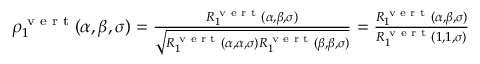
\begin{array} { r } { \rho _ { 1 } ^ { \textnormal { v e r t } } ( \alpha , \beta , \sigma ) = \frac { R _ { 1 } ^ { \textnormal { v e r t } } ( \alpha , \beta , \sigma ) } { \sqrt { R _ { 1 } ^ { \textnormal { v e r t } } ( \alpha , \alpha , \sigma ) R _ { 1 } ^ { \textnormal { v e r t } } ( \beta , \beta , \sigma ) } } = \frac { R _ { 1 } ^ { \textnormal { v e r t } } ( \alpha , \beta , \sigma ) } { R _ { 1 } ^ { \textnormal { v e r t } } ( 1 , 1 , \sigma ) } } \end{array}